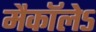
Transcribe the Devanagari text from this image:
मैकाॅलेऽ